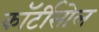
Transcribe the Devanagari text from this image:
कॉर्टीसोल